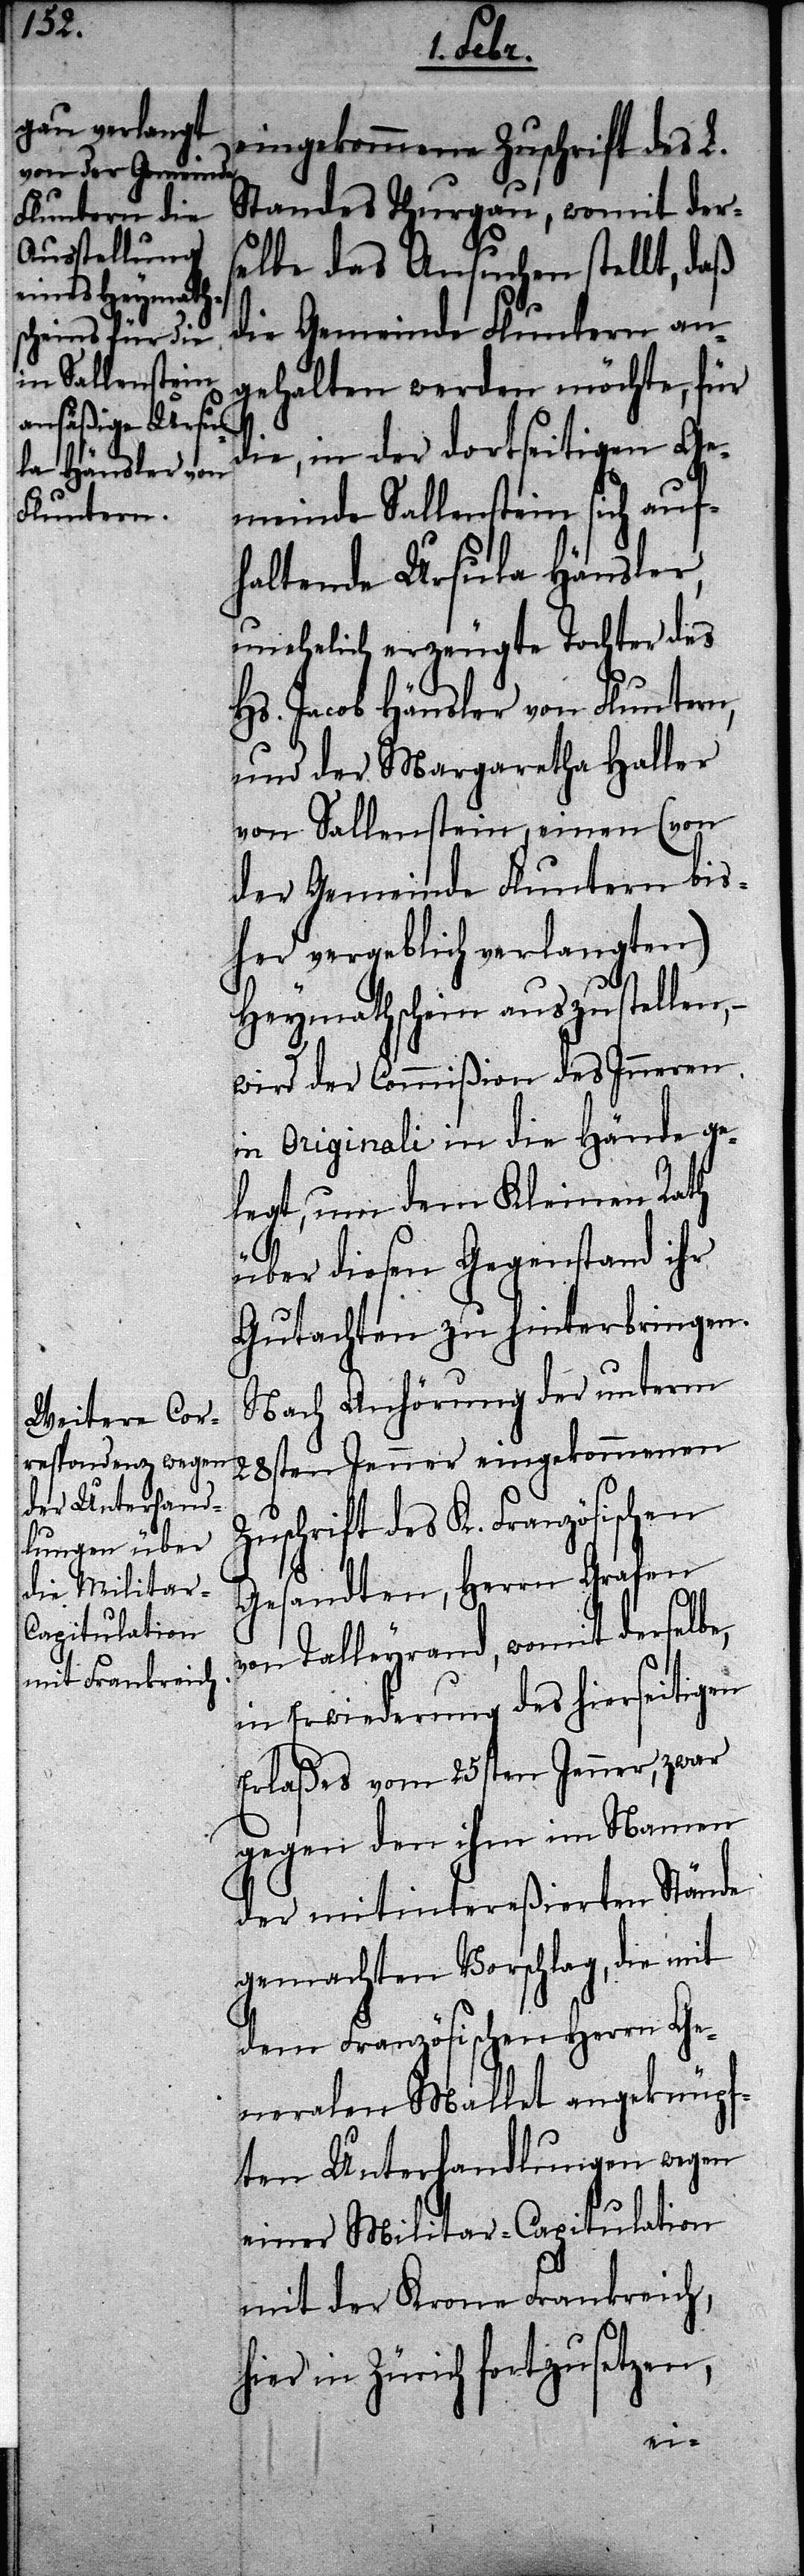
eingekommene Zuschrift des L.
Standes Thurgau, womit der¬
selbe das Ansuchen stellt, daß
die Gemeinde Fluntern an¬
gehalten werden möchte, für
die, in der dortseitigen Ge¬
meinde Sallenstein sich auf¬
haltende Ursula Häusler,
unehelich erzeugte Tochter des
Hs. Jacob Häusler von Fluntern,
und der Margaretha Haller
von Sallenstein, einen (von
der Gemeinde Fluntern bis¬
her vergeblich verlangten)
Heymathschein auszustellen,
wird der Commißion des Inneren
in Originali in die Hände ge¬
legt, um dem Kleinen Rath
über diesen Gegenstand ihr
Gutachten zu hinterbringen.
Nach Anhörung der unterm
28sten Jenner eingekommenen
Zuschrift des K. Französischen
Gesandten, Herrn Grafen
von Talleyrand, womit derselbe,
in Erwiederung des hierseitigen
Erlaßes vom 25sten Jenner, zwar
gegen den ihm im Namen
der mitintereßierten Stände
gemachten Vorschlag, die mit
dem Französischen Herrn Ge¬
neralen Mallet angeknüpf¬
ten Unterhandlungen wegen
einer Militar-Capitulation
mit der Krone Frankreich,
ier in Zürich fortzusetzen,
h¬